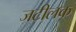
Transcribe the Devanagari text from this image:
जटीलक